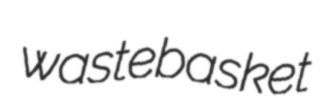
wastebasket